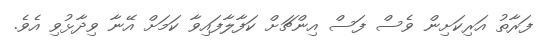
ފަރާތު އަރިކަށިން ވެސް ފަސް އިންޗަށް ކަފާލާފައިވާ ކަމަށް އޭނާ ވިދާޅުވި އެވެ.